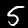
Label: 5